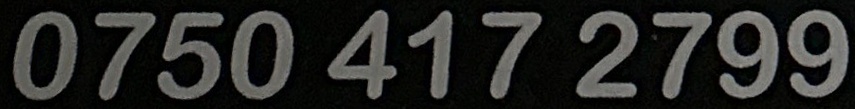
0750 414 2799